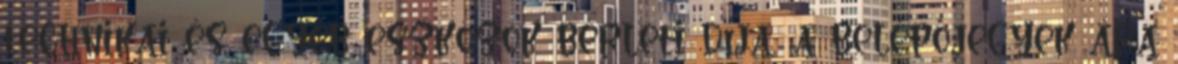
technikai és egyéb eszközök bérleti díja, a belépőjegyek ára